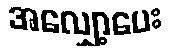
အလျှော့ပေး